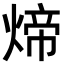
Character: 𬊱